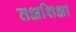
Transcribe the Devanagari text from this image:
तक्षशिक्षा